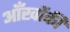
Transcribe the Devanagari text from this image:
आँखोंकी